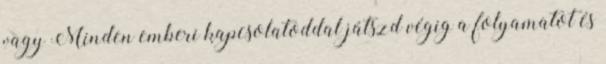
vagy Minden emberi kapcsolatoddal játszd végig a folyamatot és